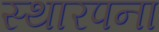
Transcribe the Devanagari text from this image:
स्थारपना